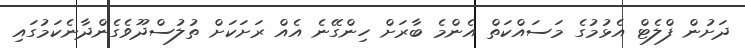
ދަށުން ފްލެޓް އެޅުމުގެ މަސައްކަތް އެންމެ ބާރަށް ހިންގޭނެ އެއް ރަށަކަށް ތުލުސްދޫވެގެންދާނެކަމުގައި